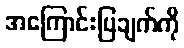
အကြောင်းပြချက်ကို